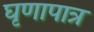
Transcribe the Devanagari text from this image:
घृणापात्र